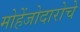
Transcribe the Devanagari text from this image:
मोहेंजोदारोचे